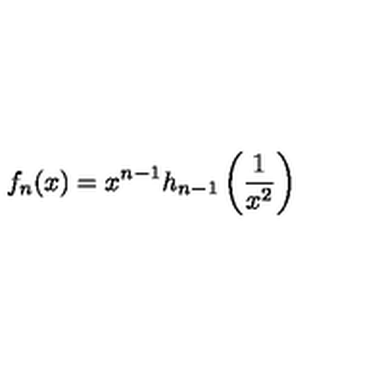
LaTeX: f _ { n } ( x ) = x ^ { n - 1 } h _ { n - 1 } \left( \frac { 1 } { x ^ { 2 } } \right)